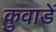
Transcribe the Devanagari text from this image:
कुवाडें